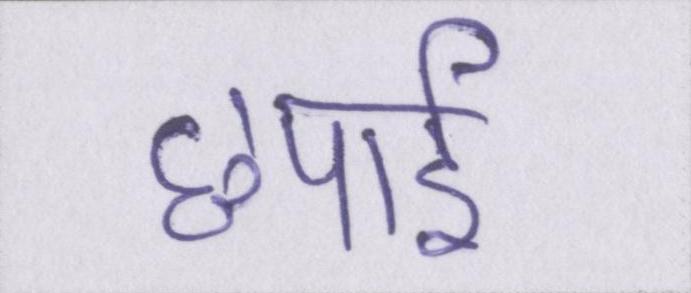
छपाई